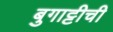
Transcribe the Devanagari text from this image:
बुगाट्टीची